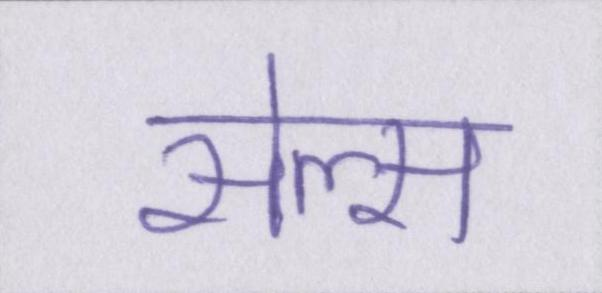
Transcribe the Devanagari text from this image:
सेल्स